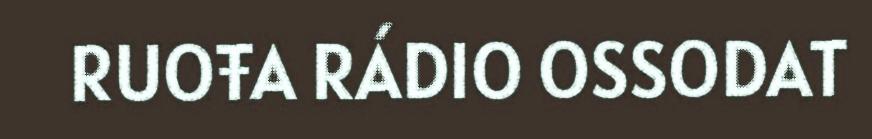
RUOŦA RÁDIO OSSODAT